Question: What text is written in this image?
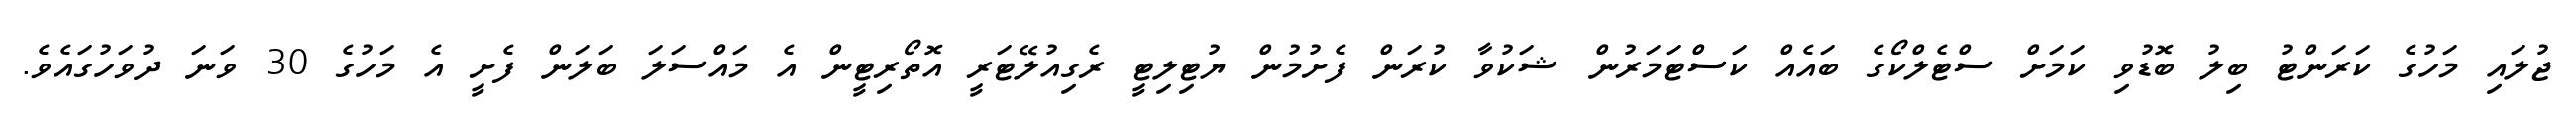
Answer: ޖުލައި މަހުގެ ކަރަންޓު ބިލު ބޮޑުވި ކަމަށް ސްޓެލްކޯގެ ބައެއް ކަސްޓަމަރުން ޝަކުވާ ކުރަން ފެށުމުން ޔުޓިލިޓީ ރެގިއުލޭޓަރީ އޮތޯރިޓީން އެ މައްސަލަ ބަލަން ފެށީ އެ މަހުގެ 30 ވަނަ ދުވަހުގައެވެ.